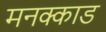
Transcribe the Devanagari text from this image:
मनक्काड